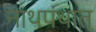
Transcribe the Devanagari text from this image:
नाथपंथात